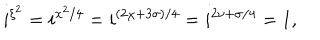
i ^ { \xi ^ { 2 } } = i ^ { x ^ { 2 } / 4 } = i ^ { ( 2 \chi + 3 \sigma ) / 4 } = i ^ { 2 \nu + \sigma / 4 } = 1 ,